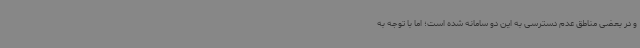
و در بعضی مناطق عدم دسترسی به این دو سامانه شده است؛ اما با توجه به